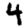
Digit: 4